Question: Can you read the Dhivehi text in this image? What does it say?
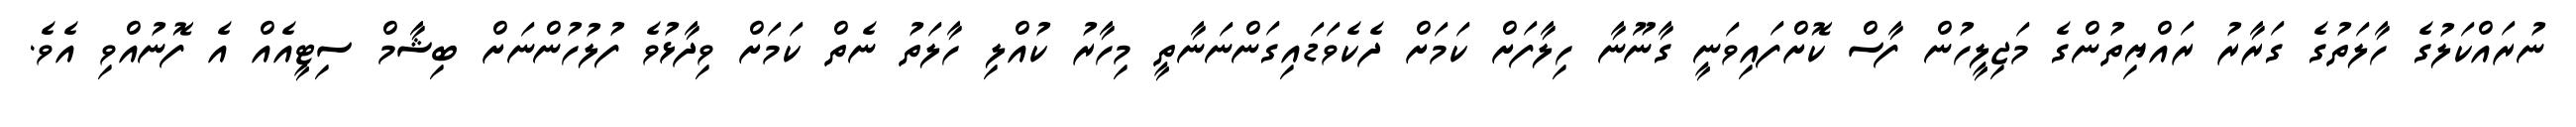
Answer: ނުރައްކަލުގެ ހާލަތުގެ ގަރާރު ރައްޔިތުންގެ މަޖިލީހުން ފާސް ކޮށްފައިވަނީ ގާނޫނާ ހިލާފަށް ކަމަށް ދެކެވަޑައިގަންނަނާތީ މިހާރު ކުއްލި ހާލަތު ނެތް ކަމަށް ވިދާޅުވެ ފުލުހުންނަށް ބިޝާމް ސިޓީއެއް އެ ފޮނުއްވި އެވެ.